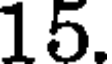
15.